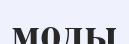
моды